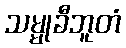
သမ္မုခီဘူတံ